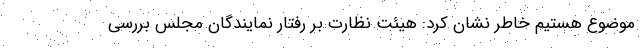
موضوع هستیم خاطر نشان کرد: هیئت نظارت بر رفتار نمایندگان مجلس بررسی